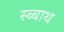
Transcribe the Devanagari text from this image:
स्ब्बाथ